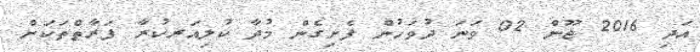
އަދި 2016 ޖޫން 02 ވަނަ ދުވަހުން ފެށިގެން މުދާ ކުލިއަރކުރާ ފަރާތްތަކަށް